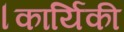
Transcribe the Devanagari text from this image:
।कार्यिकी